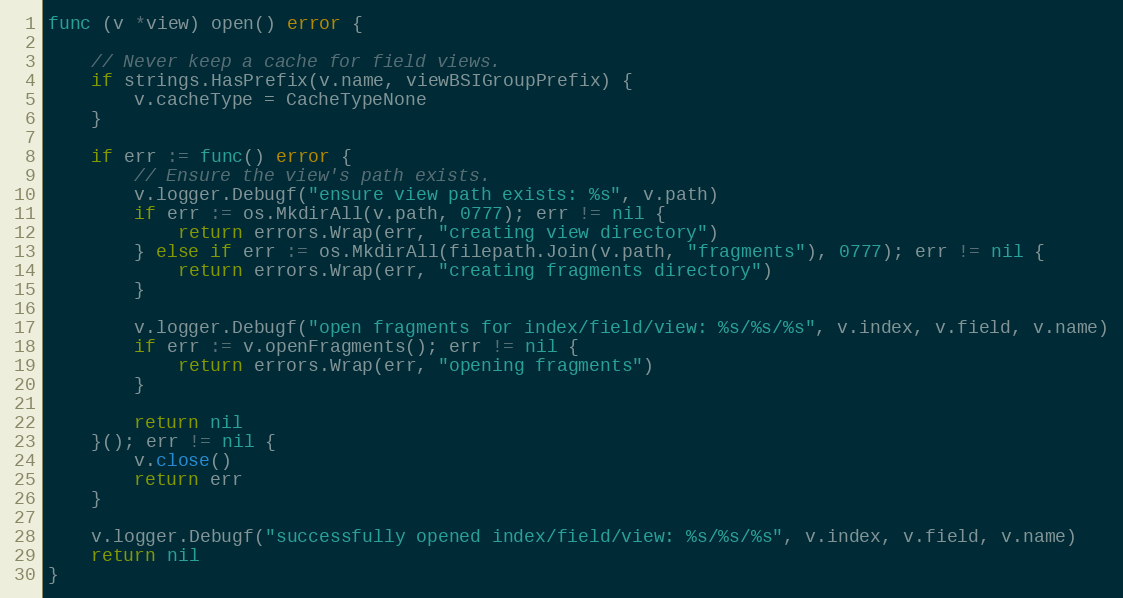
Language: Go
func (v *view) open() error {

	// Never keep a cache for field views.
	if strings.HasPrefix(v.name, viewBSIGroupPrefix) {
		v.cacheType = CacheTypeNone
	}

	if err := func() error {
		// Ensure the view's path exists.
		v.logger.Debugf("ensure view path exists: %s", v.path)
		if err := os.MkdirAll(v.path, 0777); err != nil {
			return errors.Wrap(err, "creating view directory")
		} else if err := os.MkdirAll(filepath.Join(v.path, "fragments"), 0777); err != nil {
			return errors.Wrap(err, "creating fragments directory")
		}

		v.logger.Debugf("open fragments for index/field/view: %s/%s/%s", v.index, v.field, v.name)
		if err := v.openFragments(); err != nil {
			return errors.Wrap(err, "opening fragments")
		}

		return nil
	}(); err != nil {
		v.close()
		return err
	}

	v.logger.Debugf("successfully opened index/field/view: %s/%s/%s", v.index, v.field, v.name)
	return nil
}